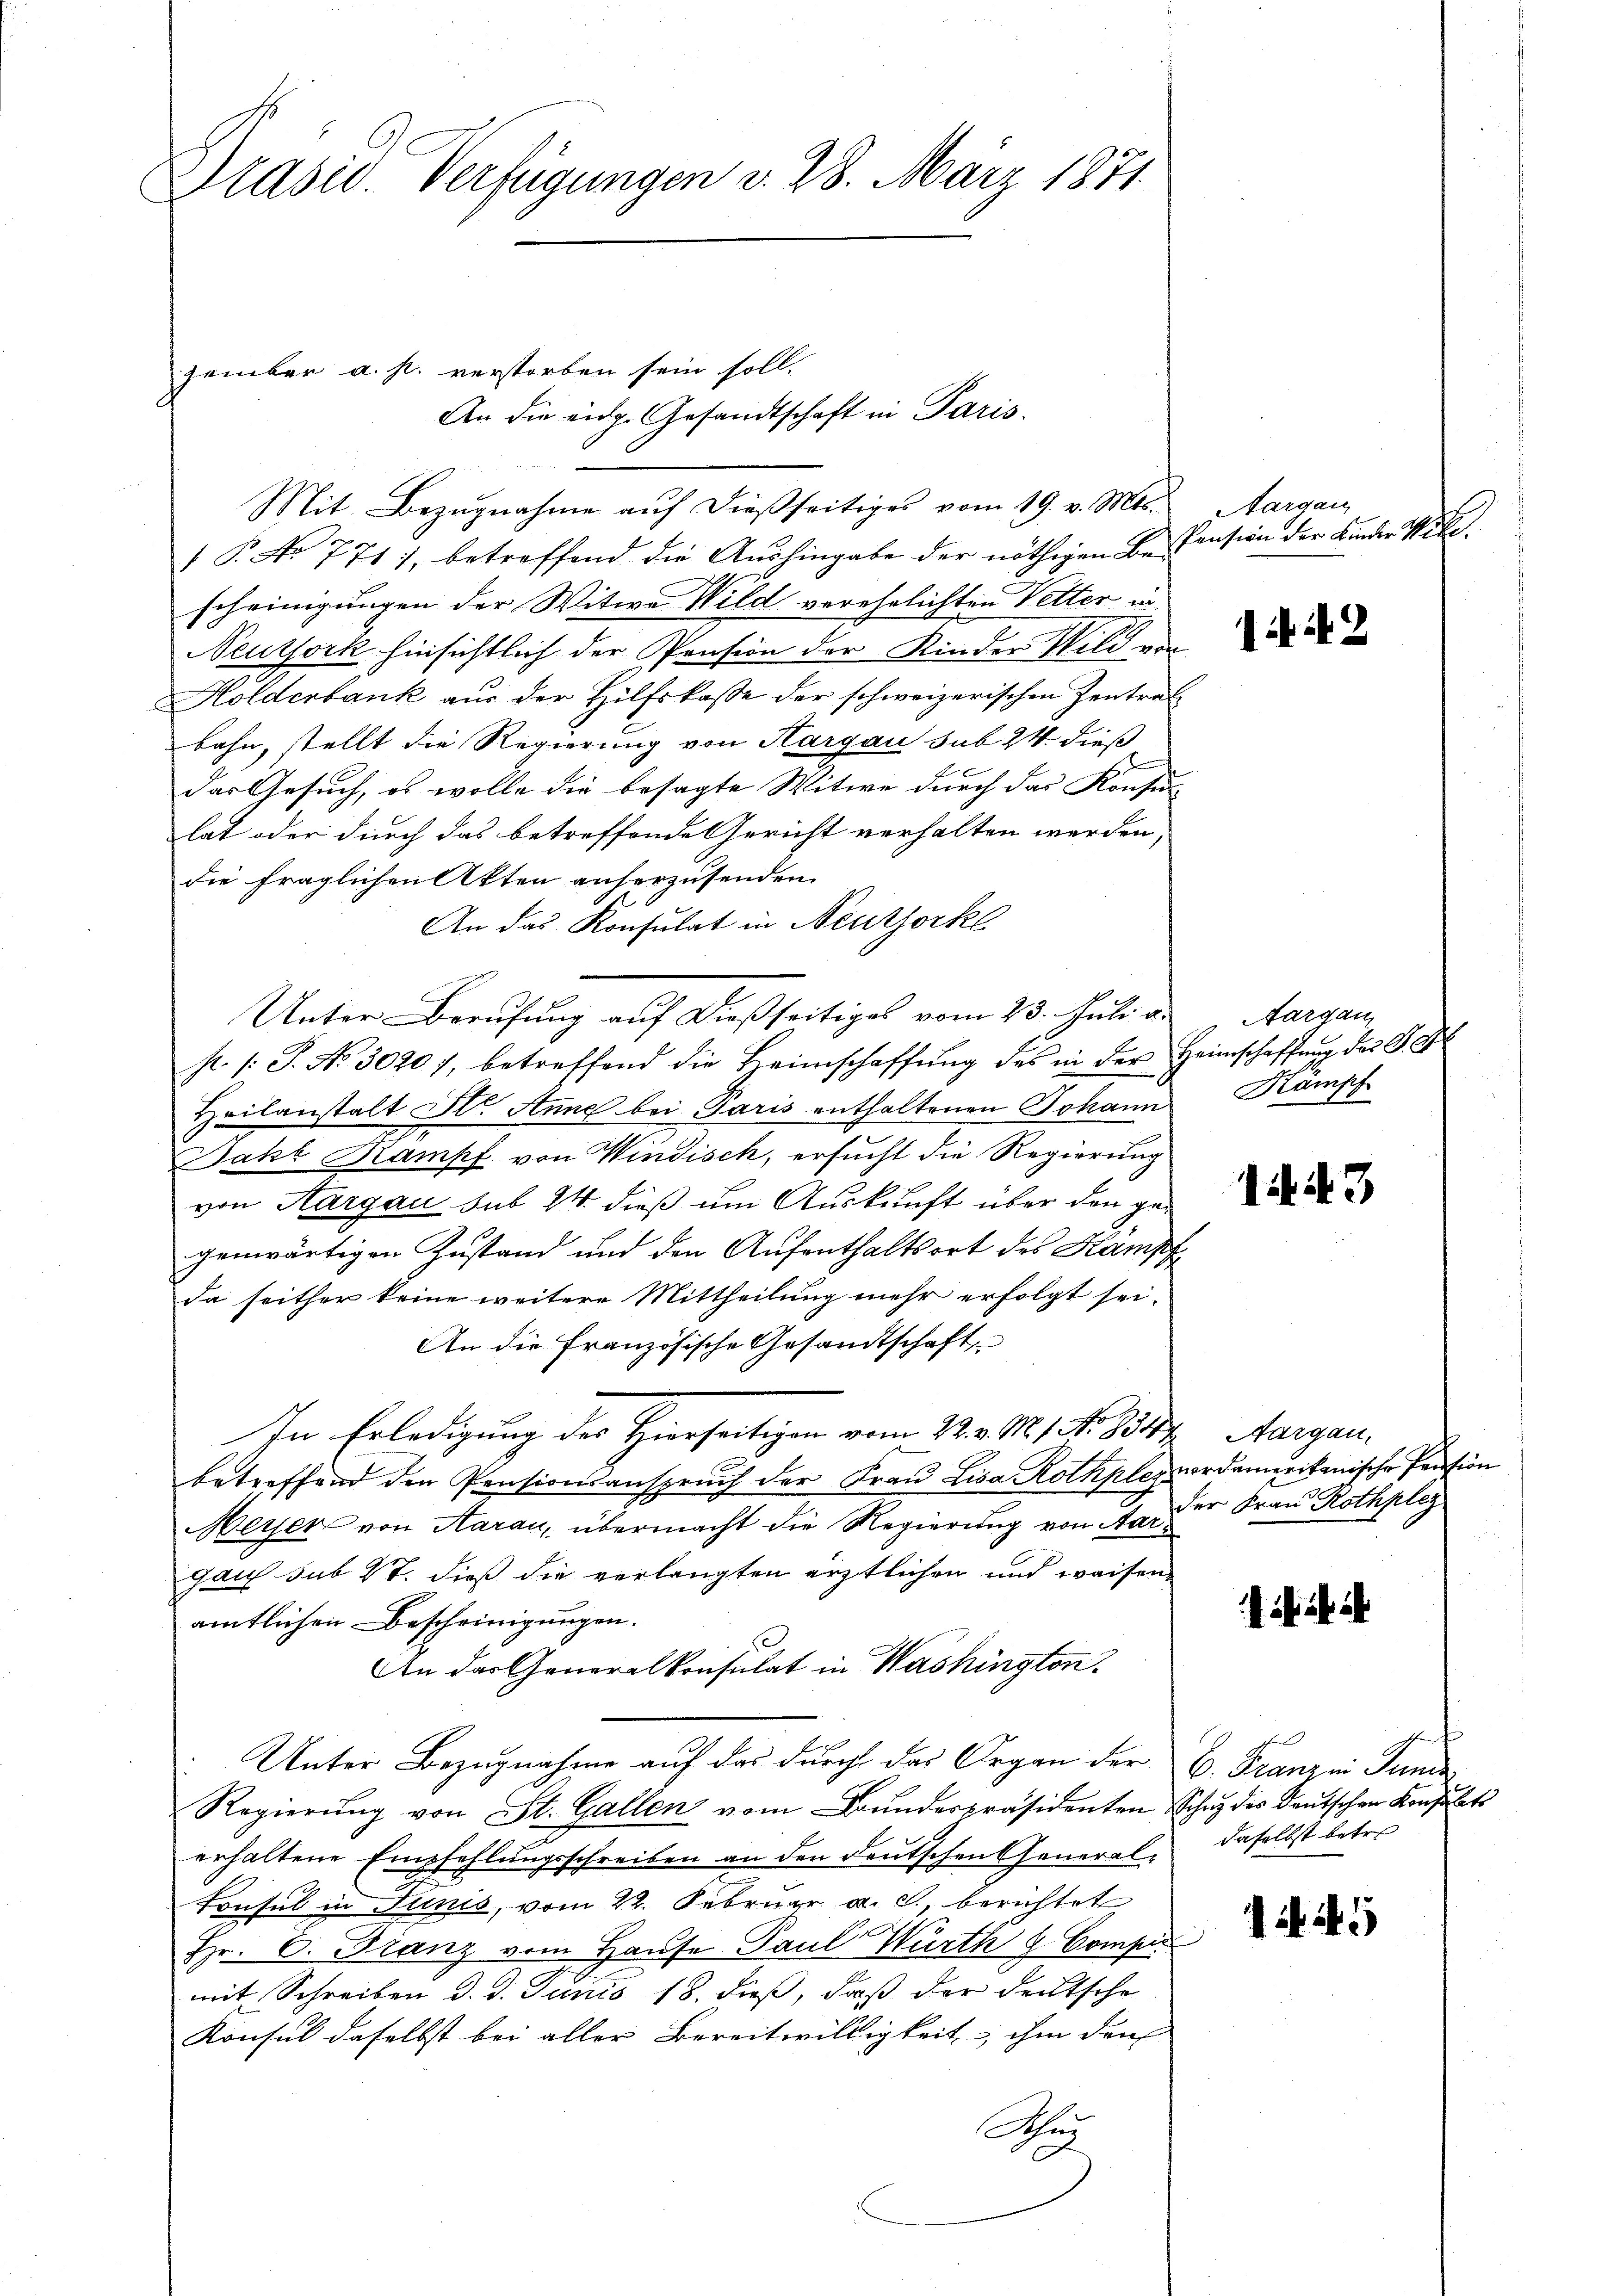
Prasis. Verfügungen d. 28. März 1871

zember a. p. verstorben sein soll.
Mit Bezugnahme auf dießseitiges vom 19. v. Mts.
1 P. No 771), betreffend die Aŭshingabe der nöthigen Be-Pension der Kinder Witescheinigungen der Witwe Wild verehelichten Vetter in
Neuzsork hinsichtlich der Pension der Kinder Wild von
Holderbank aus der Hilfskasse der schweizerischen Zentrat
bahn, stellt die Regierung von Hargau sub 24. dieß
das Gesuch, es wolle die besagte Witwe durch das Konsu-
lat oder durch das betreffende Gericht verhalten werden,
die fraglichen Akten anherzusenden.
An das Konsulat in Neuthorkl
Unter Berufung auf dießseitiges vom 23. Juli a.
p. /: J. No. 30201, betreffend die Heimschaffŭng des in der Heimschaffŭng des Ge
Heilanstalt St. Anne bei Paris enthaltenen Johann
Jakt Kampf von Windisch, ersucht die Regierung
von Aargau sub 24 dieß um Auskunft über den gegenwärtigen Zustand und den Aufenthaltsort des Kampf
da seither keine weitere Mittheilung mehr erfolgt sei.
An die Französische Gesandtschaft
In Erledigung des Hierseitigen vom 22. v. M. 1. No 881
betreffend den Pensionsanspruch der Frau Lisa Rothplez vordamerikanische Pension
Meyer von Aarau, übermacht die Regierung von Aar der Frau Rothpley
gau sub 27. dieß die verlangten ärztlichen und weisenamtlichen Bescheinigungen.
An der Generalkonsulat in Washington.
Unter Bezugnahme auf das durch das Organ der
Regierŭng von St. Gallen vom Bŭndespräsidenten Schaz des Deutschen Konsulati
erhaltene Empfehlungsschreiben an den deutschen General-
Consul in Junis, vom 22. Februar a. c., berichtet
Hr. C. Franz vom Hause Paul Würth & Compu
mit Schreiben d. d. Junis 18. dieß, daß der deutsche
Konsul daselbst bei aller Bereitwilligkeit, ihm den
Au

An die eidg. Gesandtschaft in Paris.

Aargau

1442

Aargau,
Kämpf

1443

Aargau,

C. Franzen Juni
daselbst betre